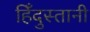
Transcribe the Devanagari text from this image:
हिँदुस्तानी